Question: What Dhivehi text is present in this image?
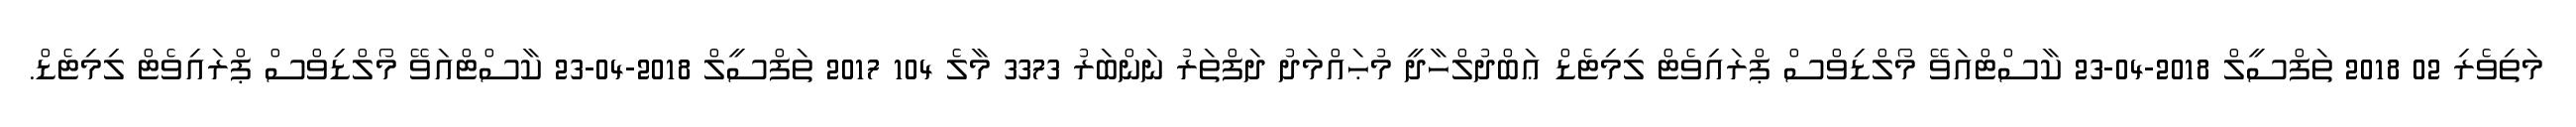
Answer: މަތިވެރި 02 2018 ތަފްސީލް 2018-04-23 ކާސްޓްއަވޭ މޯލްޑިވްސް ޕްރައިވެޓް ލިމިޓެޑް ޢަބްދުލްހާދީ މުޙައްމަދު ދަފްތަރު ނަންބަރު 3373 މާލެ 104 2017 ތަފްސީލް 2018-04-23 ކާސްޓްއަވޭ މޯލްޑިވްސް ޕްރައިވެޓް ލިމިޓެޑް.